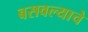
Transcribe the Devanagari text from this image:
बसवल्याचे